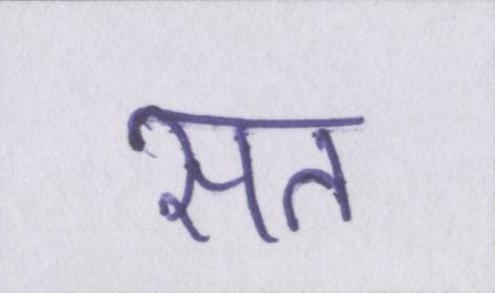
सत